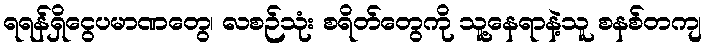
ရရန်ရှိငွေပမာဏတွေ၊ လစဉ်သုံး စရိတ်တွေကို သူ့နေရာနဲ့သူ စနစ်တကျ